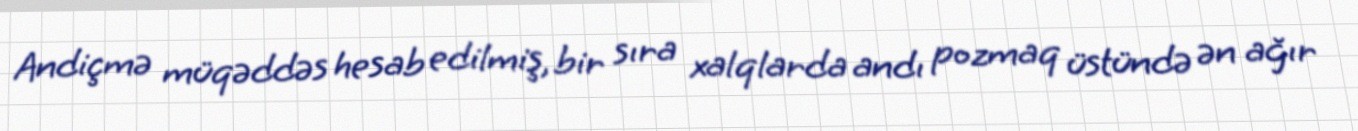
Andiçmə müqəddəs hesab edilmiş, bir sıra xalqlarda andı pozmaq üstündə ən ağır